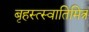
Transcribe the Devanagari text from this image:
बृहस्त्स्वातिमित्र